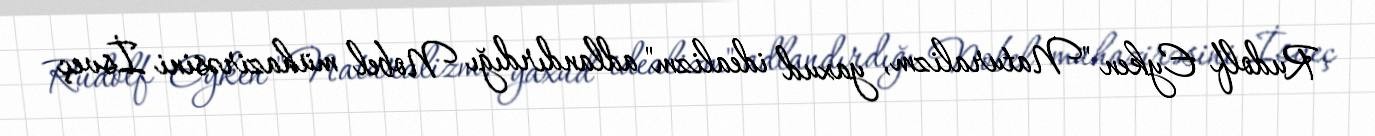
Rudolf Eyken "Naturalizm, yaxud idealizm" adlandırdığı Nobel mühazirəsini İsveç